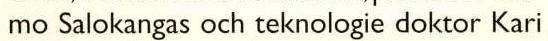
mo Salokangas och teknologie doktor Kari